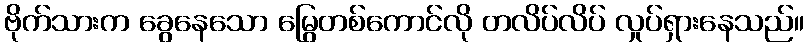
ဗိုက်သားက ခွေနေသော မြွေတစ်ကောင်လို တလိပ်လိပ် လှုပ်ရှားနေသည်။